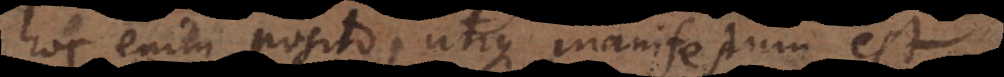
hoc enim posito, utique manifestum est